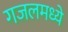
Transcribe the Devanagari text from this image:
गजलमध्ये